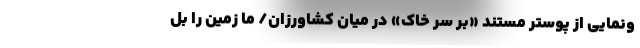
ونمایی از پوستر مستند «بر سر خاک» در میان کشاورزان/ ما زمین را بل